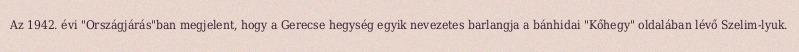
Az 1942. évi "Országjárás"ban megjelent, hogy a Gerecse hegység egyik nevezetes barlangja a bánhidai "Kőhegy" oldalában lévő Szelim-lyuk.